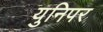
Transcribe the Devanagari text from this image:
युनिपर